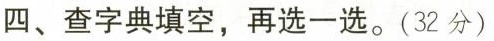
四、查字典填空，再选一选。(32分)